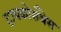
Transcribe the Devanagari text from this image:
ट्रायकोसँथेस